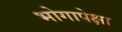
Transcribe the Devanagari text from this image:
भोगापेक्षा